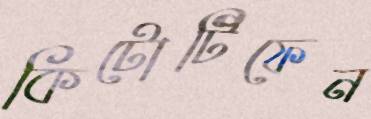
কিটোটিফেন